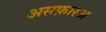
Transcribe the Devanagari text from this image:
असफ़ारअ